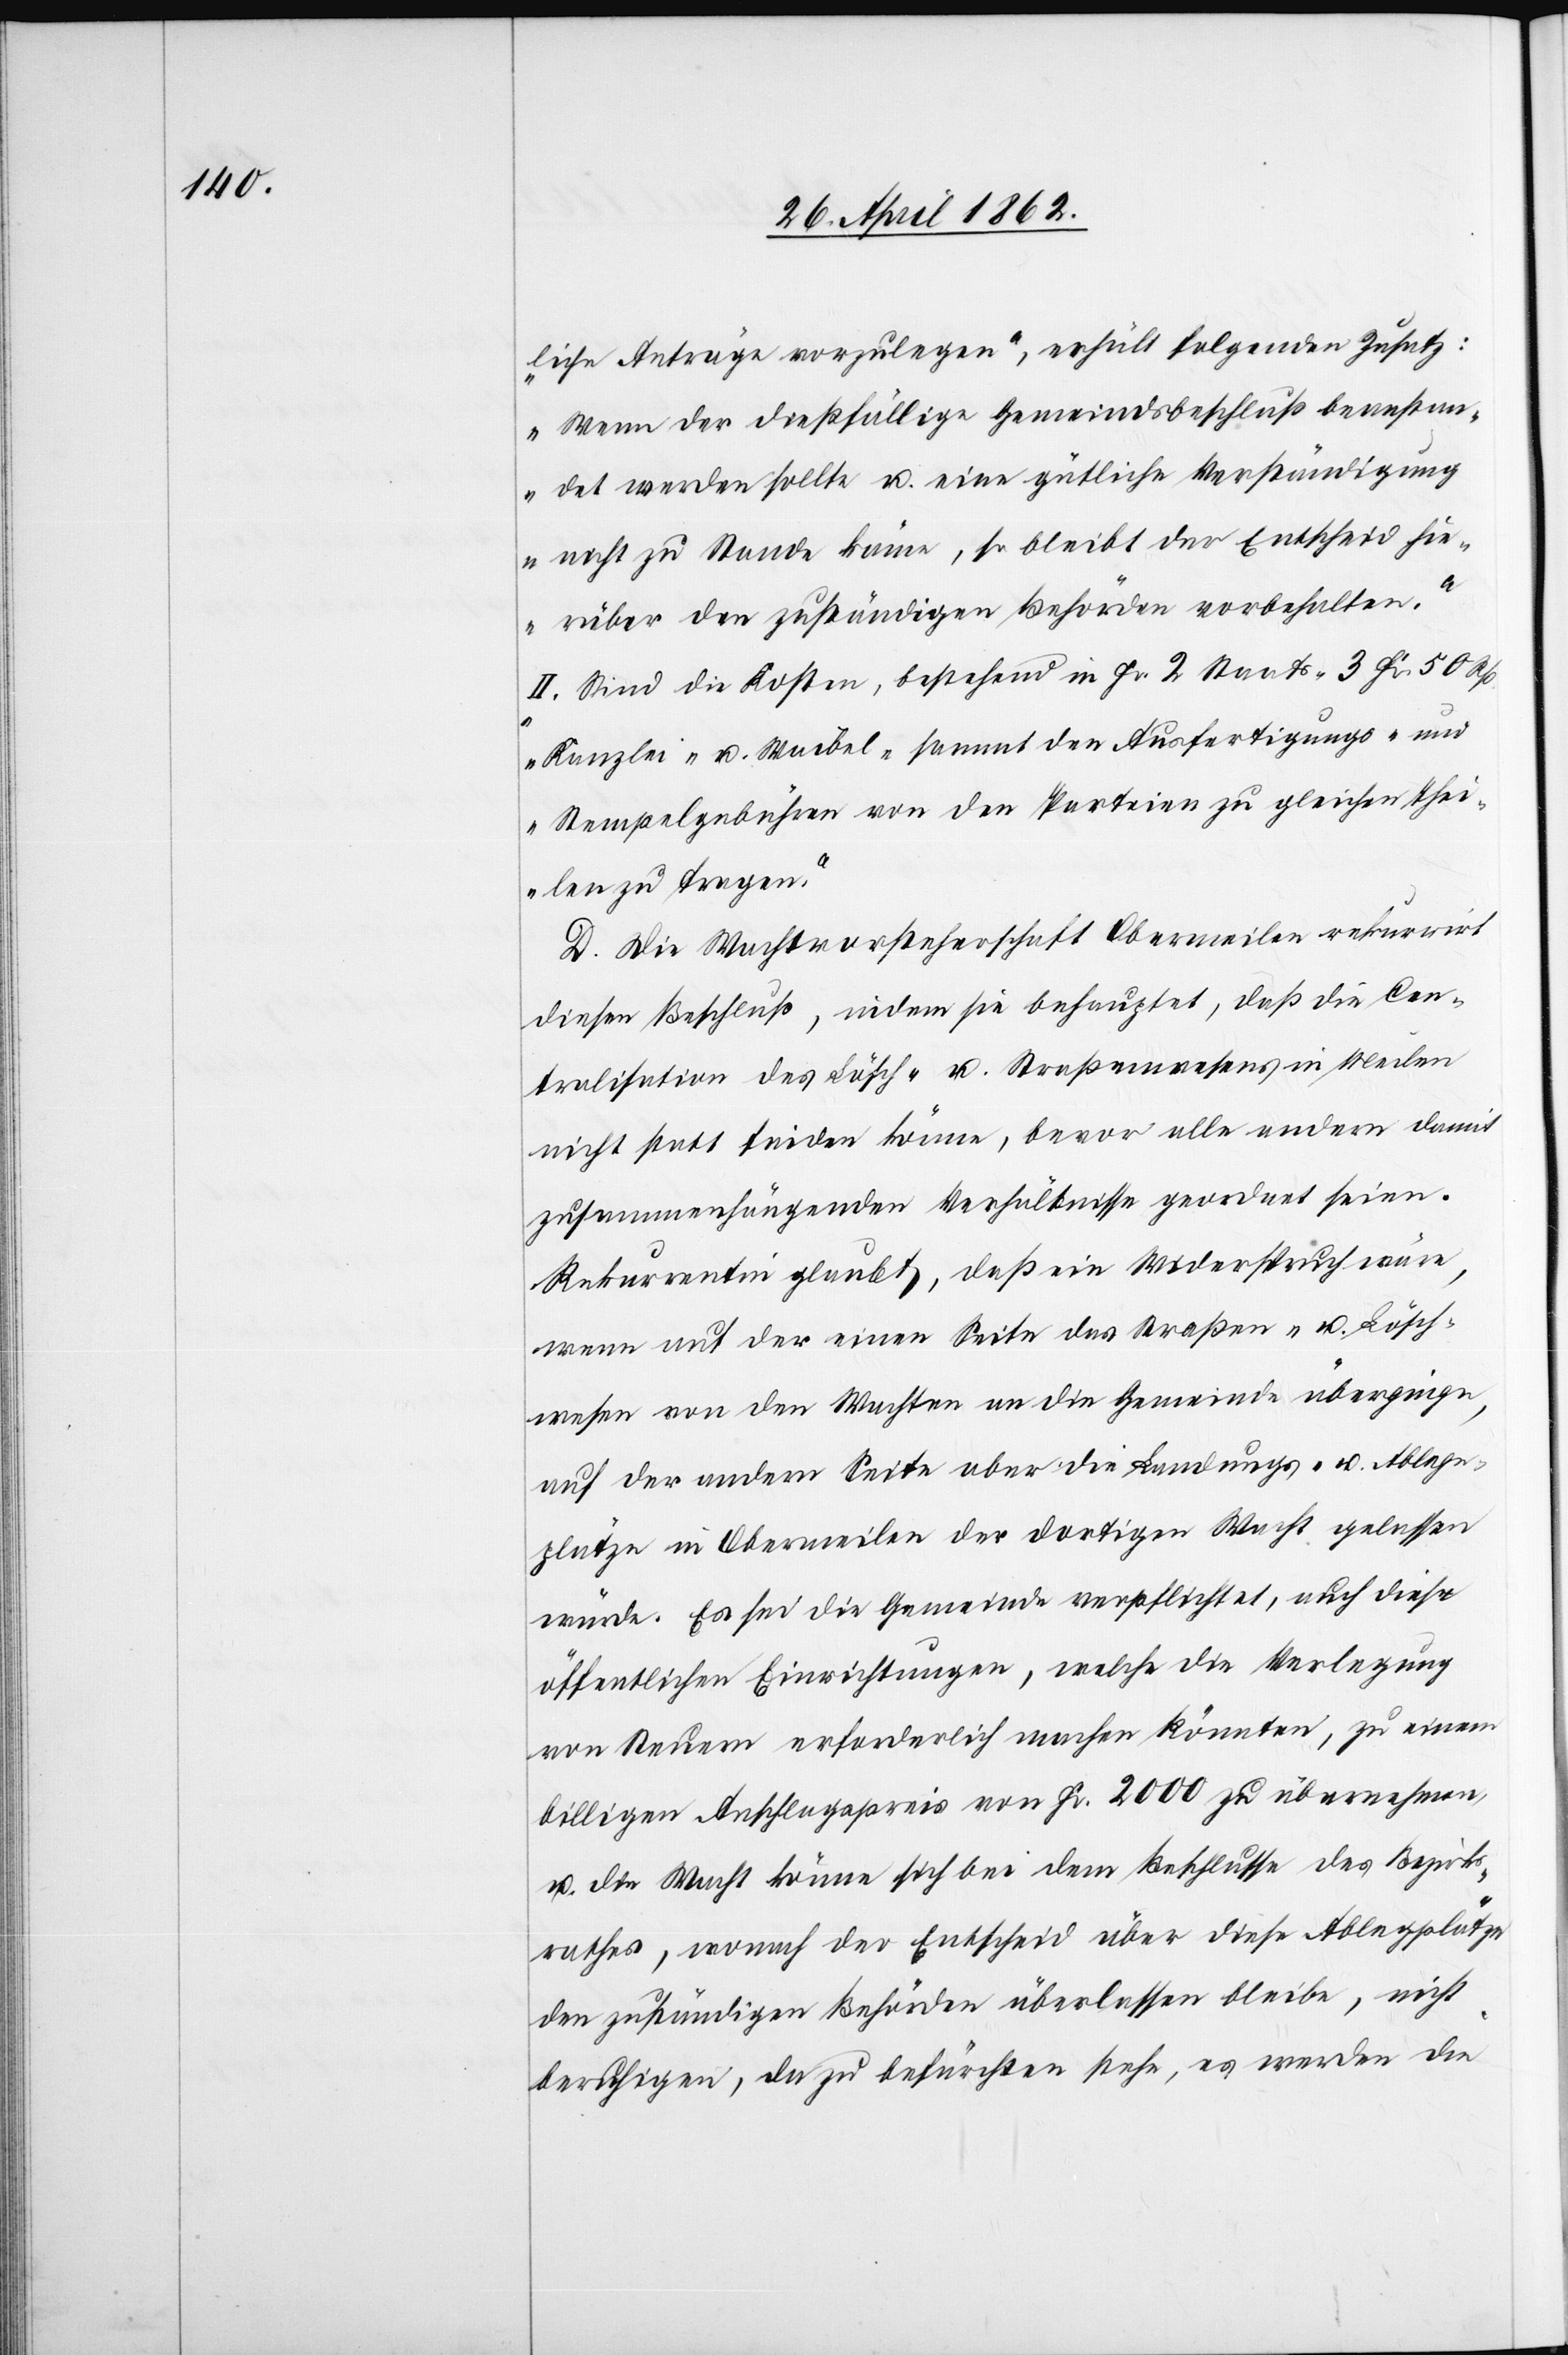
liche Anträge vorzulegen’, erhält folgenden Zusatz:
Wenn der dießfällige Gemeindsbeschluß beanstan¬
det werden sollte u. eine gütliche Verständigung
nicht zu Stande käme, so bleibt der Entscheid hie¬
rüber den zuständigen Behörden vorbehalten.’
II. Sind die Kosten, bestehend in Fr. 2 Staats-[,] 3 Fr. 50 Rp.
Kanzlei- u. Waibel-[,] sammt den Ausfertigungs- und
Stempelgebühren von den Parteien zu gleichen Thei¬
len zu tragen.“
D. Die Wachtvorsteherschaft Obermeilen rekurrirt
diesen Beschluß, indem sie behauptet, daß die Cen¬
tralisation des Lösch- u. Straßenwesens in Meilen
nicht statt finden könne, bevor alle andern damit
zusammenhängenden Verhältnisse geordnet seien.
Rekurrentin glaubt, daß ein Widerspruch wäre,
wenn auf der einen Seite das Straßen- u. Lösch¬
wesen von den Wachten an die Gemeinde überginge,
auf der andern Seite aber die Landungs- u. Ablege¬
plätze in Obermeilen der dortigen Wacht gelassen
würde. Es sei die Gemeinde verpflichtet, auch diese
öffentlichen Einrichtungen, welche die Verlegung
von Steuern erforderlich machen könnten, zu einem
billigen Anschlagspreis von Fr. 2000 zu über nehmen,
u. die Wacht könne sich bei dem Beschlusse des Bezirks¬
rathes, wonach der Entscheid über diese Ablegplätze
den zuständigen Behörden überlassen bleibe, nicht
beruhigen, da zu befürchten stehe, es werden die